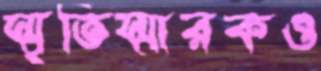
স্মৃতিস্মারকও